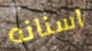
اسنانه